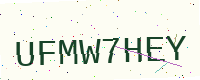
Text: UFMW7HEY